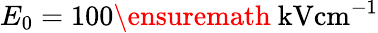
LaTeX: E_{0}=100\ensuremath{~\mathrm{kV}\mathrm{cm}^{-1}}